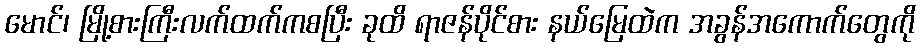
မောင်၊ မြို့စားကြီးလက်ထက်ကစပြီး ခုထိ ရာဇန်ပိုင်စား နယ်မြေထဲက အခွန်အကောက်တွေကို